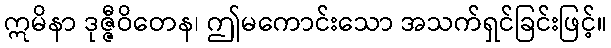
ဣမိနာ ဒုဇ္ဇီဝိတေန၊ ဤမကောင်းသော အသက်ရှင်ခြင်းဖြင့်။